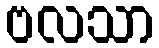
ဗလသာ